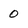
Character: 0